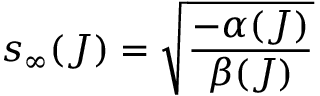
s _ { \infty } ( J ) = \sqrt { \frac { - \alpha ( J ) } { \beta ( J ) } }